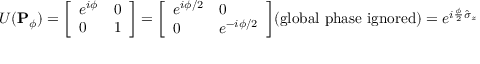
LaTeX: U ( \mathbf { P } _ { \phi } ) = { \left[ \begin{array} { l l } { e ^ { i \phi } } & { 0 } \\ { 0 } & { 1 } \end{array} \right] } = { \left[ \begin{array} { l l } { e ^ { i \phi / 2 } } & { 0 } \\ { 0 } & { e ^ { - i \phi / 2 } } \end{array} \right] } { \mathrm { ( g l o b a l ~ p h a s e ~ i g n o r e d ) } } = e ^ { i { \frac { \phi } { 2 } } { \hat { \sigma } } _ { z } }